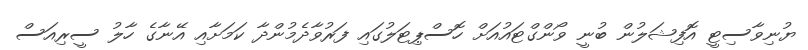
ޔުނިވާސިޓީ އޮފިޝަލުން ބުނީ ވޯންގްޓައުއަށް ހޮސްޕިޓަލުގައި ފަރުވާދެމުންދާ ކަމަށާއި އޭނާގެ ހާލު ސީރިއަސް